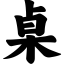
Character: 桌